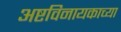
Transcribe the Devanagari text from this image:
अष्टविनायकाच्या